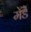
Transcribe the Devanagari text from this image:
मेडे